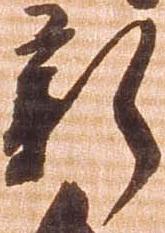
新